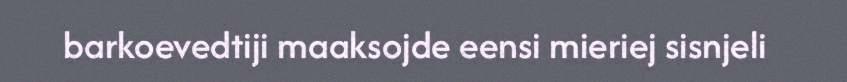
barkoevedtiji maaksojde eensi mieriej sisnjeli